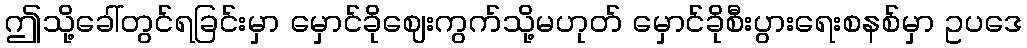
ဤသို့ခေါ်တွင်ရခြင်းမှာ မှောင်ခိုဈေးကွက်သို့မဟုတ် မှောင်ခိုစီးပွားရေးစနစ်မှာ ဥပဒေ